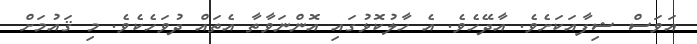
އަވަސް ޝިފާއަކަށެވެ. އާދޭހެވެ. އެ ހާލުކޮޅުގައި އޮންނަވާތާ އެތައް ދުވަހެކެވެ. މި ޤައުމަށް